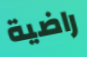
راضية